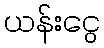
ယန်းငွေ